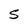
Character: S